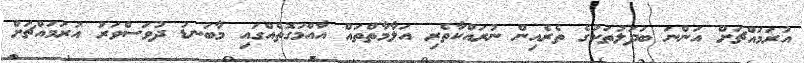
އުރަމައްޗަށް އަންނަ ބަދަލުތަކުގެ ތެރެއިން ނުރައްކާތެރި އަލާމާތްތައް އާއްމުގޮތެއްގައި މާބަނޑު ދުވަސްވަރު އުރަމައްޗަށް